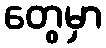
တွေမှာ